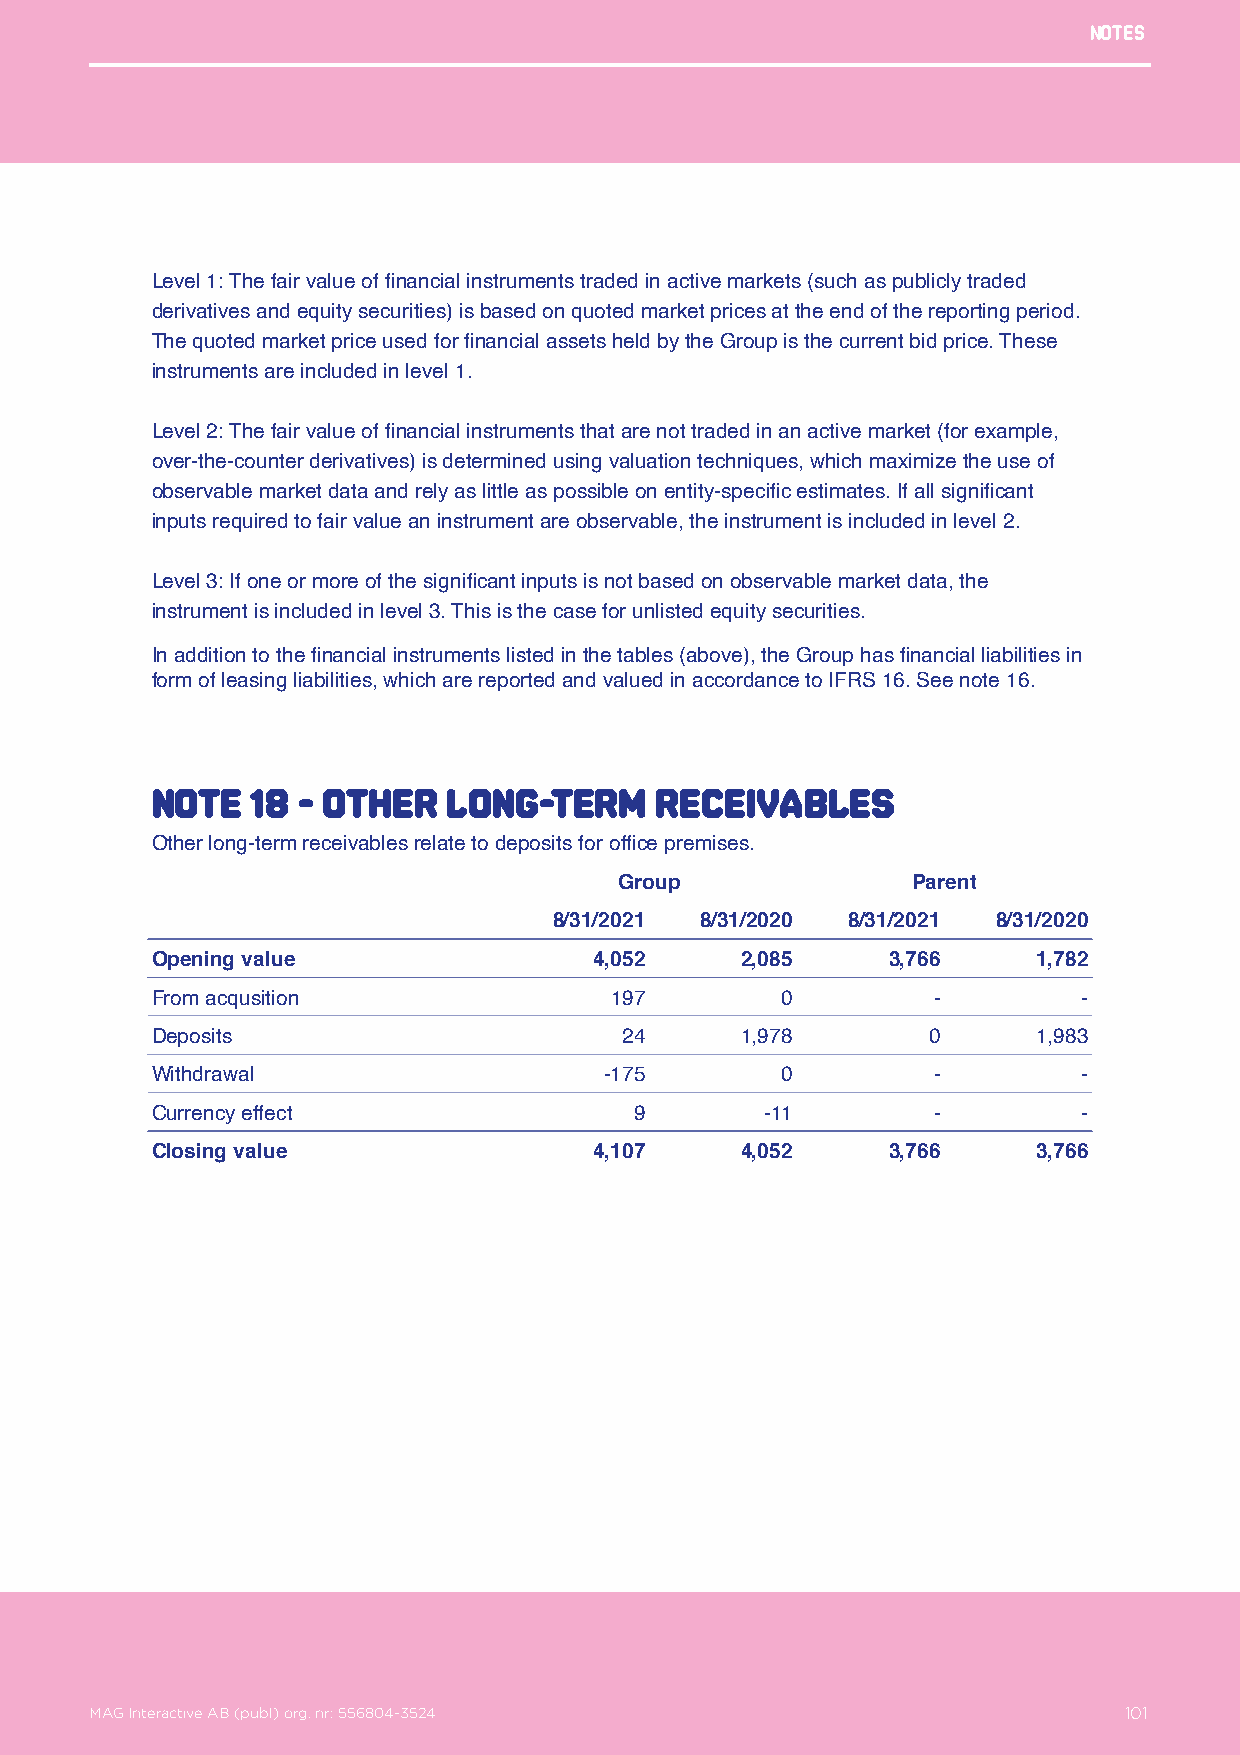
Notes
 Level 1: The fair value of financial instruments traded in active markets (such as publicly traded
 derivatives and equity securities) is based on quoted market prices at the end of the reporting period.
 The quoted market price used for financial assets held by the Group is the current bid price. These
 instruments are included in level 1.
 Level 2: The fair value of financial instruments that are not traded in an active market (for example,
 over-the-counter derivatives) is determined using valuation techniques, which maximize the use of
 observable market data and rely as little as possible on entity-specific estimates. If all significant
 inputs required to fair value an instrument are observable, the instrument is included in level 2.
 Level 3: If one or more of the significant inputs is not based on observable market data, the
 instrument is included in level 3. This is the case for unlisted equity securities.
 In addition to the financial instruments listed in the tables (above), the Group has financial liabilities in
 form of leasing liabilities, which are reported and valued in accordance to IFRS 16. See note 16.
 NotE   18 - Other   long-term    receivables
 Other long-term receivables relate to deposits for office premises.
 Group              Parent
 8/31/2021 8/31/2020 8/31/2021 8/31/2020
 Opening value                4,052     2,085     3,766     1,782
 From acqusition               197         0         -         -
 Deposits                       24      1,978       0       1,983
 Withdrawal                    -175        0         -         -
 Currency effect                 9        -11        -         -
 Closing value                4,107     4,052     3,766     3,766
 MAG Interactive AB (publ) org. nr: 556804-3524                  101
 MAG Interactive AB (publ) org. nr: 556804-3524                      101